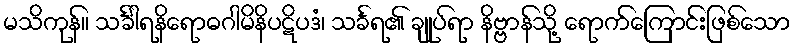
မသိကုန်။ သင်္ခါရနိရောဓဂါမိနိပဋိပဒံ၊ သင်္ခရ၏ ချုပ်ရာ နိဗ္ဗာန်သို့ ရောက်ကြောင်းဖြစ်သော